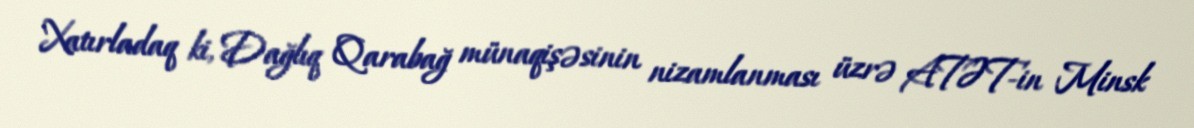
Xatırladaq ki, Dağlıq Qarabağ münaqişəsinin nizamlanması üzrə ATƏT-in Minsk